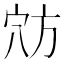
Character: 𫁊